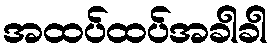
အထပ်ထပ်အခါခါ